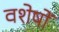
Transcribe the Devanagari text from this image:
वशेषों